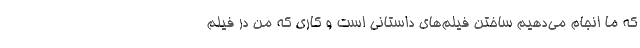
که ما انجام می‌دهیم ساختن فیلم‌های داستانی است و کاری که من در فیلم